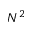
N ^ { 2 }